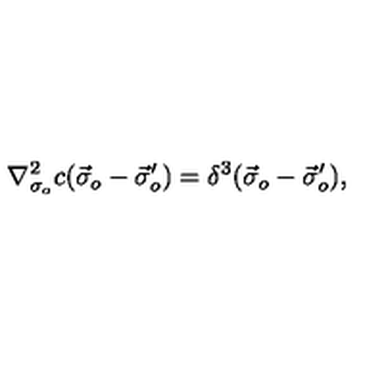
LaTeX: \nabla _ { \sigma _ { o } } ^ { 2 } c ( \vec { \sigma } _ { o } - \vec { \sigma } _ { o } ^ { \prime } ) = \delta ^ { 3 } ( \vec { \sigma } _ { o } - \vec { \sigma } _ { o } ^ { \prime } ) ,